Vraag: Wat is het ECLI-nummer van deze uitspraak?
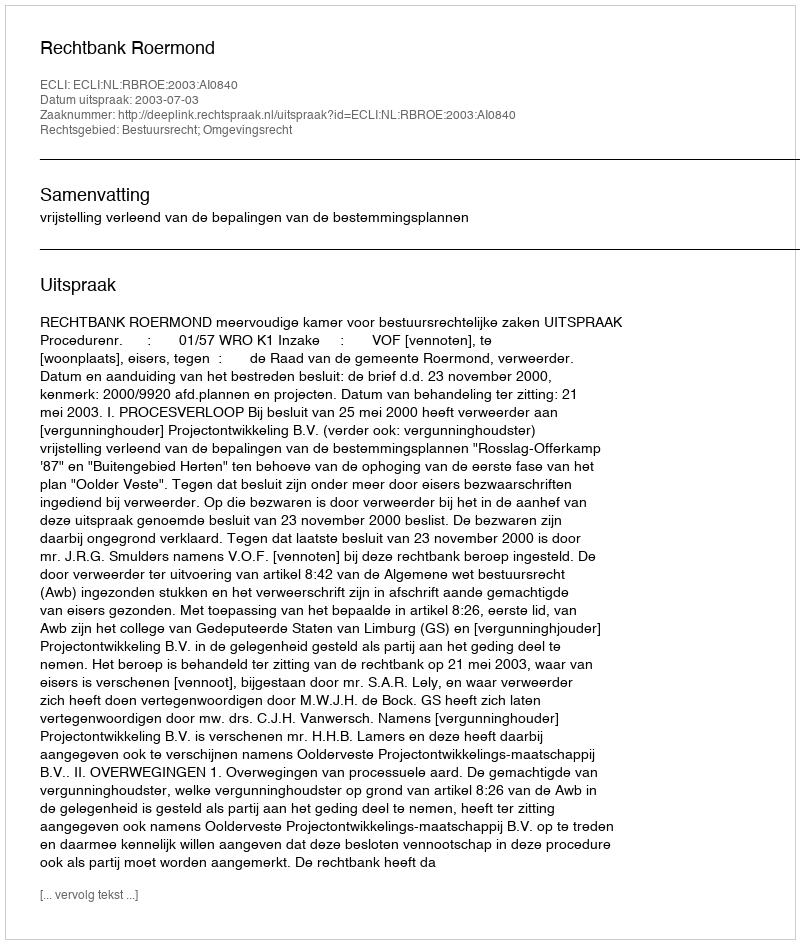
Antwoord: ECLI:NL:RBROE:2003:AI0840